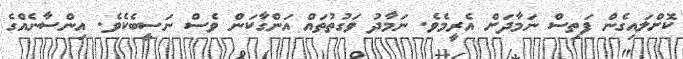
ކޮށްލައިގެން ފަތިސް ނަމާދަށް އެރީމެވެ. ނަމާދު ވަގުތުތައް އަންގާކަން ވެސް ނަސީބެކެވެ. އިންސާނެއްގެ